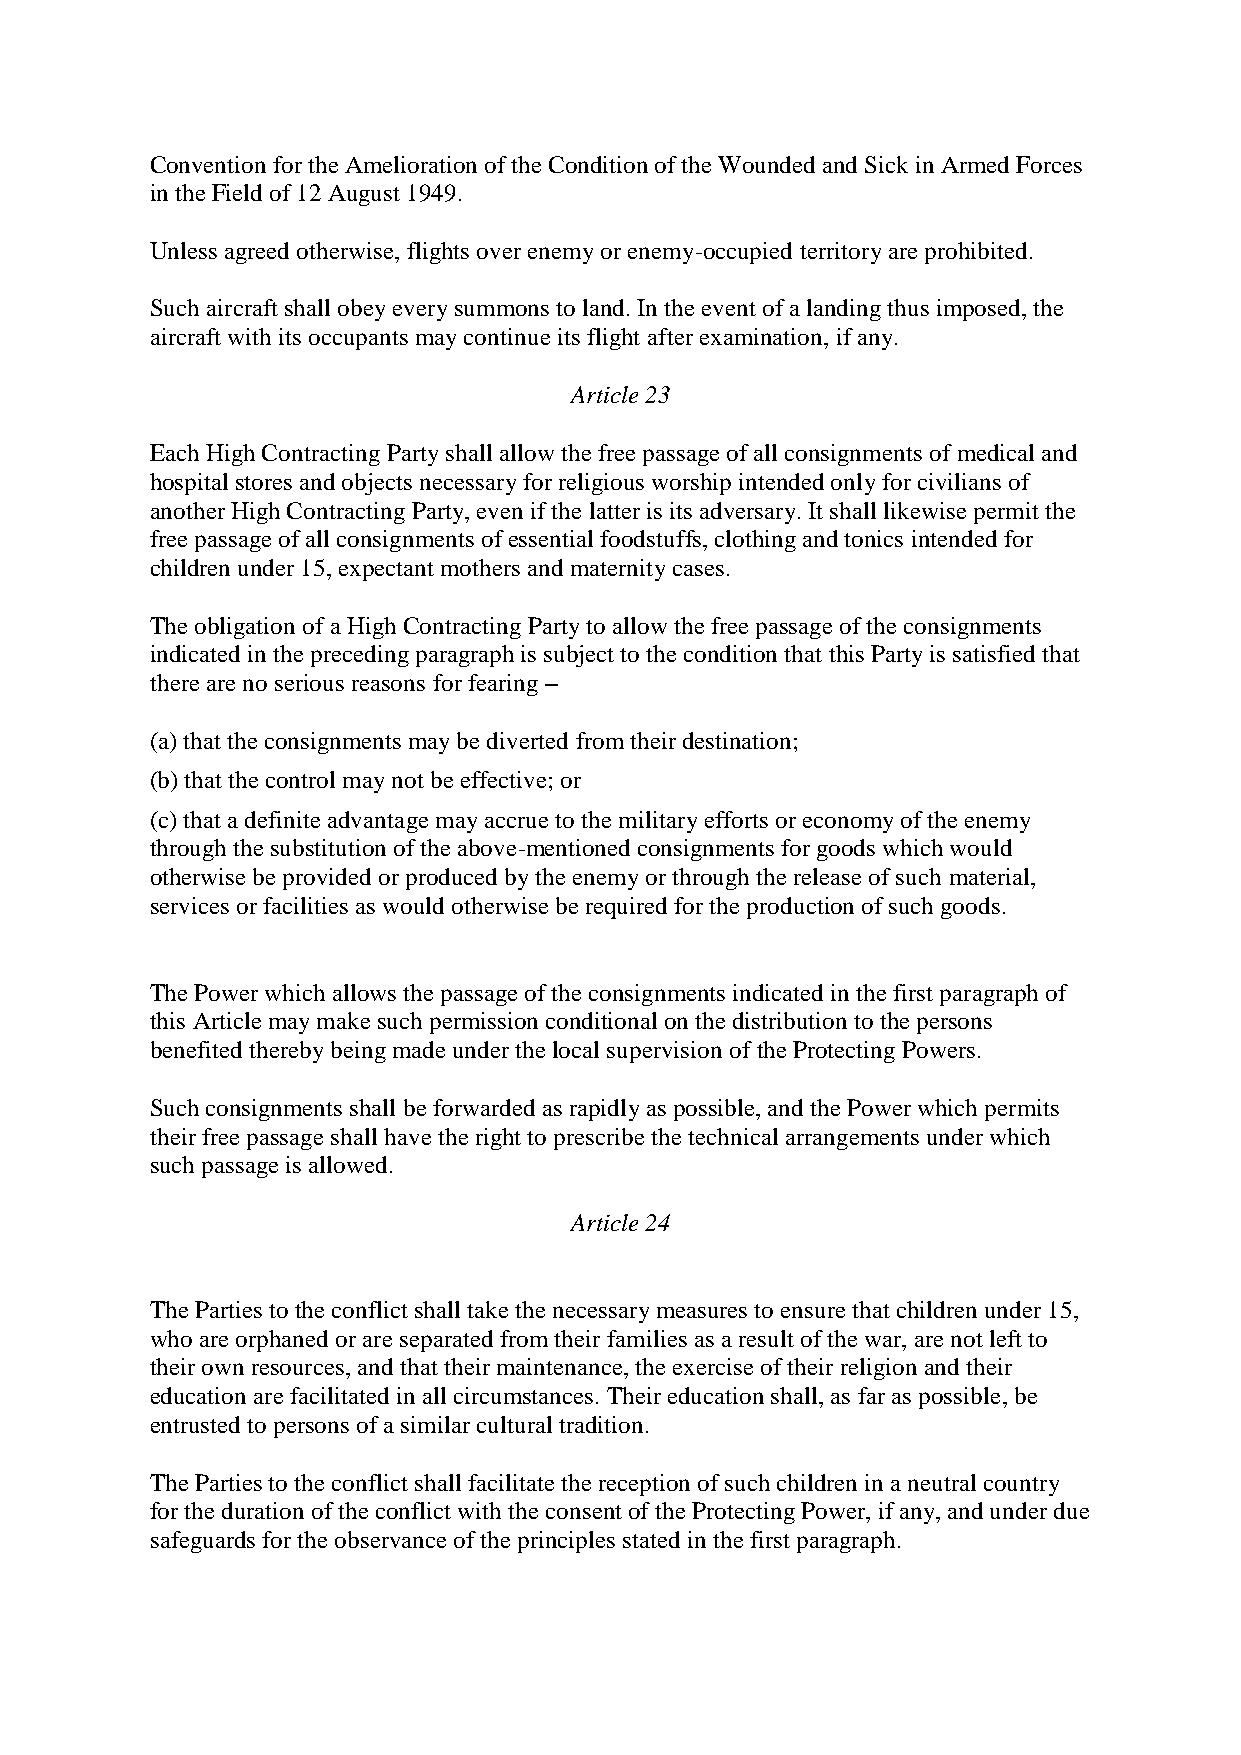
Convention for the Amelioration of the Condition of the Wounded and Sick in Armed Forces
 in the Field of 12 August 1949.
 Unless agreed otherwise, flights over enemy or enemy-occupied territory are prohibited.
 Such aircraft shall obey every summons to land. In the event of a landing thus imposed, the
 aircraft with its occupants may continue its flight after examination, if any.
 Article 23
 Each High Contracting Party shall allow the free passage of all consignments of medical and
 hospital stores and objects necessary for religious worship intended only for civilians of
 another High Contracting Party, even if the latter is its adversary. It shall likewise permit the
 free passage of all consignments of essential foodstuffs, clothing and tonics intended for
 children under 15, expectant mothers and maternity cases.
 The obligation of a High Contracting Party to allow the free passage of the consignments
 indicated in the preceding paragraph is subject to the condition that this Party is satisfied that
 there are no serious reasons for fearing –
 (a) that the consignments may be diverted from their destination;
 (b) that the control may not be effective; or
 (c) that a definite advantage may accrue to the military efforts or economy of the enemy
 through the substitution of the above-mentioned consignments for goods which would
 otherwise be provided or produced by the enemy or through the release of such material,
 services or facilities as would otherwise be required for the production of such goods.
 The Power which allows the passage of the consignments indicated in the first paragraph of
 this Article may make such permission conditional on the distribution to the persons
 benefited thereby being made under the local supervision of the Protecting Powers.
 Such consignments shall be forwarded as rapidly as possible, and the Power which permits
 their free passage shall have the right to prescribe the technical arrangements under which
 such passage is allowed.
 Article 24
 The Parties to the conflict shall take the necessary measures to ensure that children under 15,
 who are orphaned or are separated from their families as a result of the war, are not left to
 their own resources, and that their maintenance, the exercise of their religion and their
 education are facilitated in all circumstances. Their education shall, as far as possible, be
 entrusted to persons of a similar cultural tradition.
 The Parties to the conflict shall facilitate the reception of such children in a neutral country
 for the duration of the conflict with the consent of the Protecting Power, if any, and under due
 safeguards for the observance of the principles stated in the first paragraph.